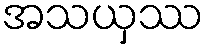
အသယှဿ